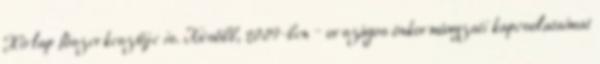
Hírlap főszerkesztője is. Később, 2009-ben – országos önkormányzati kapcsolataimat